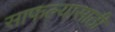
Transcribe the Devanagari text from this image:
साफल्यासाठी